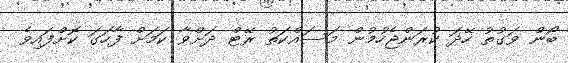
ބޯން ވަގުތު ހޭދަ ކުރަންޖެހުމުން މަސައްކަތު ރޭޓް ދަށްވާ ކަމަށް ފާހަގަ ކޮށްފައިވެ